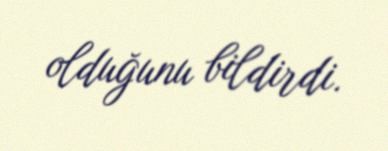
olduğunu bildirdi.